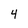
Character: 4